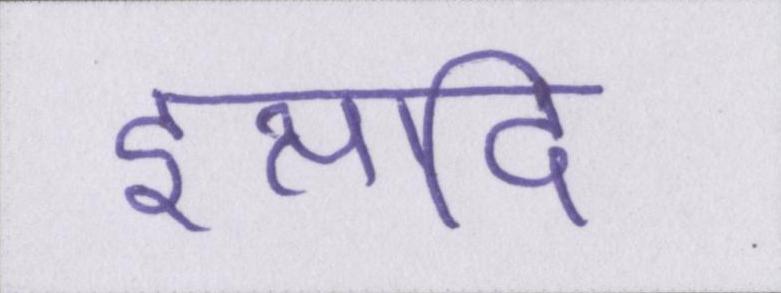
इत्यादि